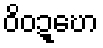
ဝိဝဍ္ဎော